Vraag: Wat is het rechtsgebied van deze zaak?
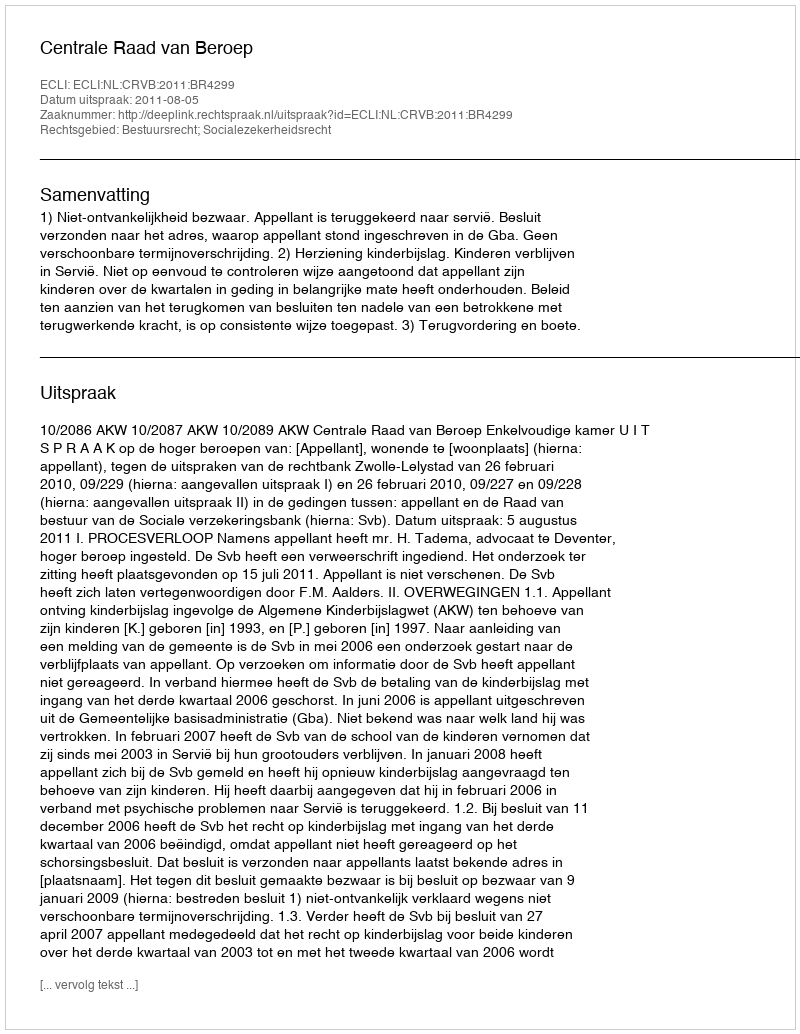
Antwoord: Bestuursrecht; Socialezekerheidsrecht